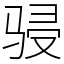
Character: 骎